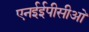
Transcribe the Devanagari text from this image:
एनईईपीसीओ